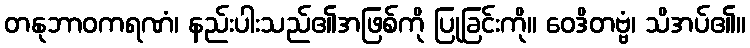
တနုဘာဝကရဏံ၊ နည်းပါးသည်၏အဖြစ်ကို ပြုခြင်းကို။ ဝေဒိတဗ္ဗံ၊ သိအပ်၏။